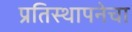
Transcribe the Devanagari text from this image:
प्रतिस्थापनेचा